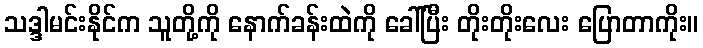
သဒ္ဒါမင်းနိုင်က သူတို့ကို နောက်ခန်းထဲကို ခေါ်ပြီး တိုးတိုးလေး ပြောတာကိုး။